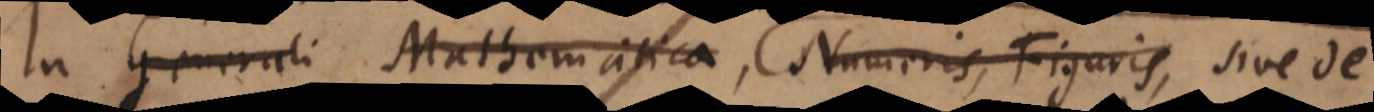
In Generali Mathematica, Numeris, Figuris, sive de